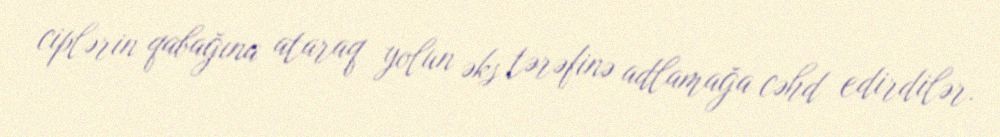
ciplərin qabağına ataraq yolun əks tərəfinə adlamağa cəhd edirdilər.